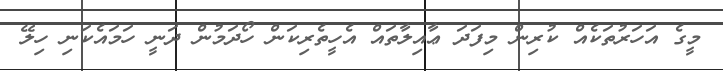
މީގެ އަހަރުތަކެއް ކުރިން މިފަދަ ޢާއިލާތައް އެހީތެރިކަން ހޯދަމުން ދަނީ ހަމައެކަނި ހިލޭ